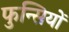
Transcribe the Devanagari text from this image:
फुन्सियों